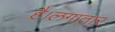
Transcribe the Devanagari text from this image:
है।लगातार